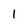
Character: 1